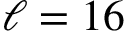
\ell = 1 6